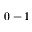
0 - 1